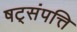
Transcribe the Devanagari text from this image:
षट्‌संपत्ति